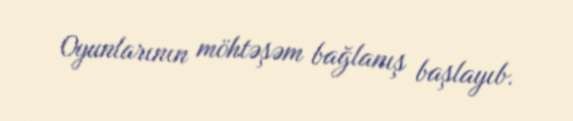
Oyunlarının möhtəşəm bağlanış başlayıb.